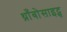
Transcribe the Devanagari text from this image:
थ्राँबोसाइट्स